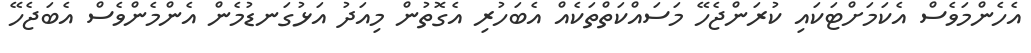
އެހެންމަވެސް އެކަމަށްޓަކައި ކުރަންޖެހޭ މަސައްކަތްތަކެއް އެބަހުރި އެގޮތުން މިއަދު އަޅުގަނޑުމެން އެންމެންވެސް އެބަޖެހޭ